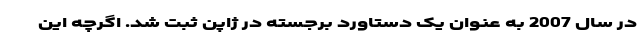
در سال 2007 به عنوان یک دستاورد برجسته در ژاپن ثبت شد. اگرچه این